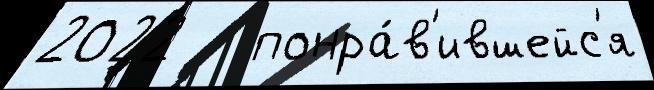
2022   понра́в'ившейс'я